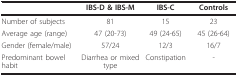
<table><thead><tr><td></td><td><b>IBS-D &amp; IBS-M</b></td><td><b>IBS-C</b></td><td><b>Controls</b></td></tr></thead><tbody><tr><td>Number of subjects</td><td>81</td><td>15</td><td>23</td></tr><tr><td>Average age (range)</td><td>47 (20-73)</td><td>49 (24-65)</td><td>45 (26-64)</td></tr><tr><td>Gender (female/male)</td><td>57/24</td><td>12/3</td><td>16/7</td></tr><tr><td>Predominant bowel habit</td><td>Diarrhea or mixed type</td><td>Constipation</td><td>-</td></tr></tbody></table>